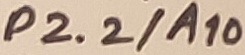
Text: P2.2/A10